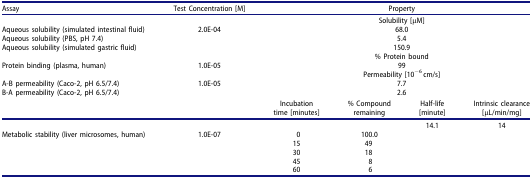
<table><thead><tr><td><b>Assay</b></td><td><b>Test Concentration [M]</b></td><td colspan="4"><b>Property</b></td></tr></thead><tbody><tr><td> </td><td> </td><td colspan="4">Solubility [μM]</td></tr><tr><td>Aqueous solubility (simulated intestinal fluid)</td><td>2.0E-04</td><td colspan="4">68.0</td></tr><tr><td>Aqueous solubility (PBS, pH 7.4)</td><td> </td><td colspan="4">5.4</td></tr><tr><td>Aqueous solubility (simulated gastric fluid)</td><td> </td><td colspan="4">150.9</td></tr><tr><td> </td><td> </td><td colspan="4">% Protein bound</td></tr><tr><td>Protein binding (plasma, human)</td><td>1.0E-05</td><td colspan="4">99</td></tr><tr><td> </td><td> </td><td colspan="4">Permeability [10<sup>−6</sup> cm/s]</td></tr><tr><td>A-B permeability (Caco-2, pH 6.5/7.4)</td><td rowspan="2">1.0E-05</td><td colspan="4">7.7</td></tr><tr><td>B-A permeability (Caco-2, pH 6.5/7.4)</td><td colspan="4">2.6</td></tr><tr><td> </td><td> </td><td>Incubation time [minutes]</td><td>% Compound remaining</td><td>Half-life [minute]</td><td>Intrinsic clearance [μL/min/mg]</td></tr><tr><td> </td><td> </td><td> </td><td> </td><td>14.1</td><td>14</td></tr><tr><td rowspan="5">Metabolic stability (liver microsomes, human)</td><td>1.0E-07</td><td>0</td><td>100.0</td><td> </td><td> </td></tr><tr><td> </td><td>15</td><td>49</td><td> </td><td> </td></tr><tr><td> </td><td>30</td><td>18</td><td> </td><td> </td></tr><tr><td> </td><td>45</td><td>8</td><td> </td><td> </td></tr><tr><td> </td><td>60</td><td>6</td><td> </td><td> </td></tr></tbody></table>